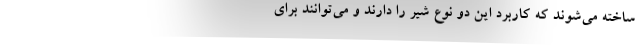
ساخته می‌شوند که کاربرد این دو نوع شیر را دارند و می‌توانند برای